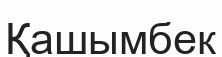
Қашымбек